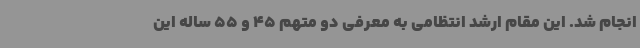
انجام شد. این مقام ارشد انتظامی به معرفی دو متهم 45 و 55 ساله این